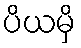
ပိယမှိ